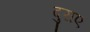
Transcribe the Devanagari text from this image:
दुराए